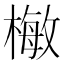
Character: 𣙕